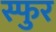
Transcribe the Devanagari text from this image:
स्‍फुर